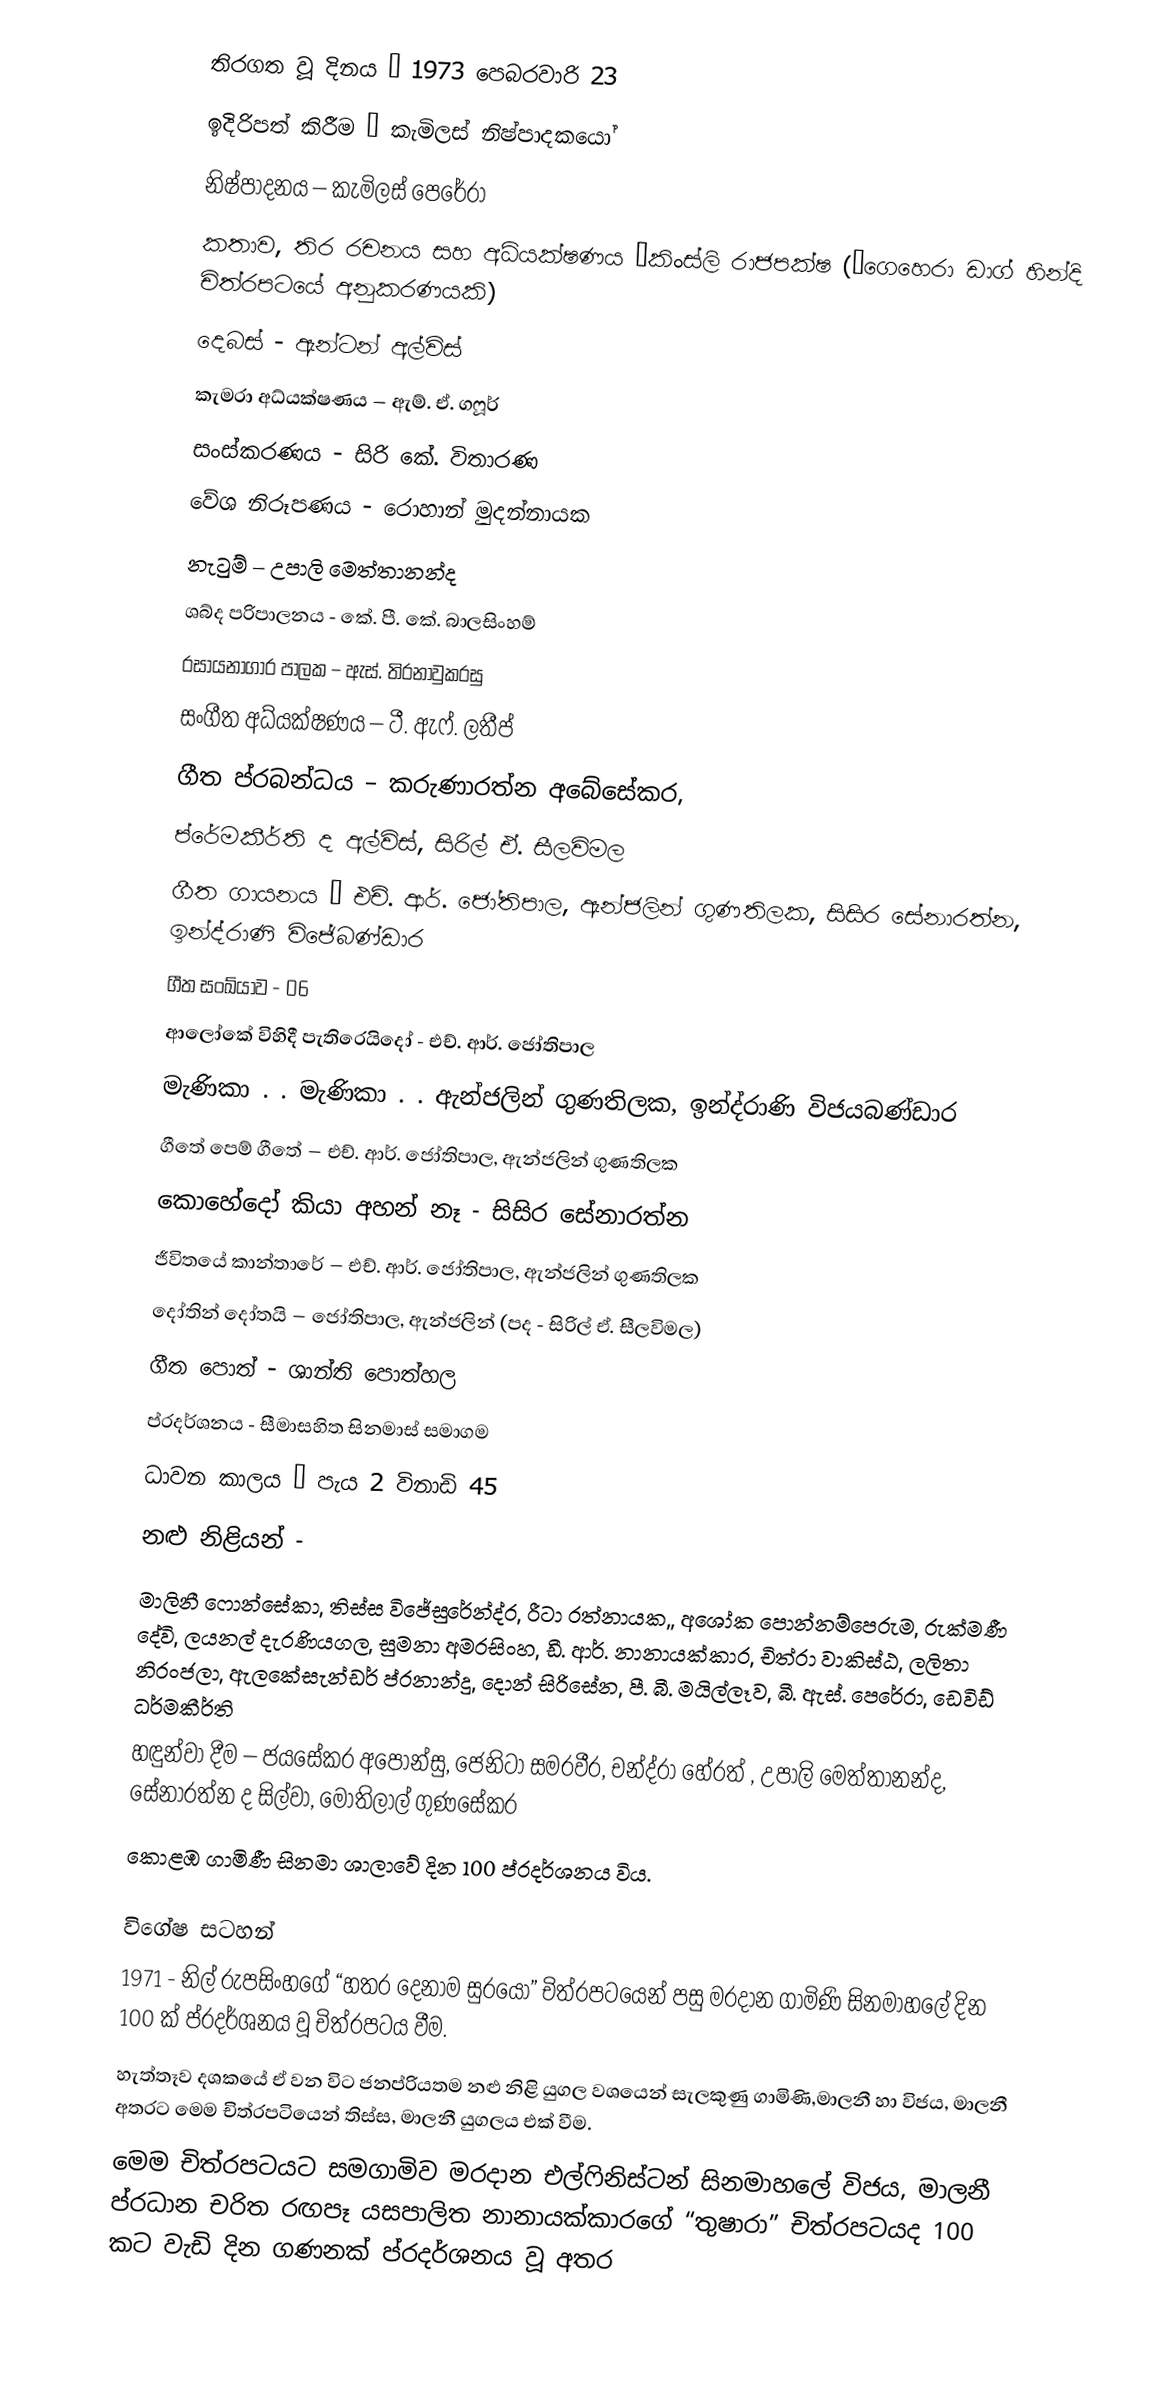
තිරගත වූ දිනය – 1973 පෙබරවාරි 23
ඉදිරිපත් කිරීම – කැමිලස් නිෂ්පාදකයෝ
නිෂ්පාදනය – කැමිලස් පෙරේරා
කතාව, තිර රචනය සහ අධ්යක්ෂණය –කිංස්ලි රාජපක්ෂ (‘ගෙහෙරා ඩාග් හින්දි චිත්රපටයේ අනුකරණයකි)
දෙබස් - ඇන්ටන් අල්විස්
කැමරා අධ්යක්ෂණය – ඇම්. ඒ. ගෆූර්
සංස්කරණය - සිරි කේ. විතාරණ
වේශ නිරූපණය - රොහාන් මුදන්නායක
නැටුම් – උපාලි මෙත්තානන්ද
ශබ්ද පරිපාලනය - කේ. පී. කේ. බාලසිංහම්
රසායනාගාර පාලක – ඇස්. තිරනාවුකරසු
සංගීත අධ්යක්ෂණය – ටී. ඇෆ්. ලතීප්
ගීත ප්රබන්ධය – කරුණාරත්න අබේසේකර,
ප්රේමකීර්ති ද අල්විස්, සිරිල් ඒ. සීලවිමල
ගීත ගායනය – එච්. ආර්. ජෝතිපාල, ඇන්ජලින් ගුණතිලක, සිසිර සේනාරත්න, ඉන්ද්රාණි විජේබණ්ඩාර
ගීත සංඛ්යාව - 06
ආලෝකේ විහිදී පැතිරෙයිදෝ - එච්. ආර්. ජෝතිපාල
මැණිකා . . මැණිකා . . ඇන්ජලින් ගුණතිලක, ඉන්ද්රාණි විජයබණ්ඩාර
ගීතේ පෙම් ගීතේ – එච්. ආර්. ජෝතිපාල, ඇන්ජලින් ගුණතිලක
කොහේදෝ කියා අහන් නෑ - සිසිර සේනාරත්න
ජීවිතයේ කාන්තාරේ – එච්. ආර්. ජෝතිපාල, ඇන්ජලින් ගුණතිලක
දෝතින් දෝතයි – ජෝතිපාල, ඇන්ජලින් (පද - සිරිල් ඒ. සීලවිමල)
ගීත පොත් - ශාන්ති පොත්හල
ප්රදර්ශනය - සීමාසහිත සිනමාස් සමාගම
ධාවන කාලය – පැය 2 විනාඩි 45
නළු නිළියන් -
මාලිනී ෆොන්සේකා, තිස්ස විජේසුරේන්ද්ර, රීටා රත්නායක,, අශෝක පොන්නම්පෙරුම, රුක්මණී දේවි, ලයනල් දැරණියගල, සුමනා අමරසිංහ, ඩී. ආර්. නානායක්කාර, චිත්රා වාකිස්ඨ, ලලිතා නිරංජලා, ඇලකේසැන්ඩර් ප්රනාන්දු, දොන් සිරිසේන, පී. බී. මයිල්ලෑව, බී. ඇස්. පෙරේරා, ඩෙවිඩ් ධර්මකීර්ති
හඳුන්වා දීම – ජයසේකර අපොන්සු, ජෙනිටා සමරවීර, චන්ද්රා හේරත් , උපාලි මෙත්තානන්ද, සේනාරත්න ද සිල්වා, මෝතිලාල් ගුණසේකර
කොළඹ ගාමිණී සිනමා ශාලාවේ දින 100 ප්රදර්ශනය විය.

විගේෂ සටහන්
1971 - නිල් රුපසිංහගේ “හතර දෙනාම සුරයෝ” චිත්රපටයෙන් පසු මරදාන ගාමිණි සිනමාහලේ දින 100 ක් ප්රදර්ශනය වූ චිත්රපටය වීම.
හැත්තෑව දශකයේ ඒ වන විට ජනප්රියතම නළු නිළි යුගල වශයෙන් සැලකුණු ගාමිණි,මාලනී හා විජය, මාලනී අතරට මෙම චිත්රපටියෙන් තිස්ස, මාලනී යුගලය එක් වීම.
මෙම චිත්රපටයට සමගාමිව මරදාන එල්ෆිනිස්ටන් සිනමාහලේ විජය, මාලනී ප්රධාන චරිත රඟපෑ යසපාලිත නානායක්කාරගේ “තුෂාරා” චිත්රපටයද 100 කට වැඩි දින ගණනක් ප්රදර්ශනය වූ අතර